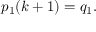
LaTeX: p _ { 1 } ( k + 1 ) = q _ { 1 } .